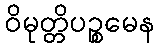
ဝိမုတ္တိပဉ္စမေန